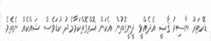
ޑޮކްޓަރު ޔާސިރު ޤާޟީ އެދެއްވީ ދީނީގޮތުން އެކަން އޮތްގޮތްކަމާމެދު ކުޑަވެސް ޝައްކެއް ނެތެވެ.